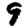
Digit: 9